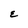
Character: E